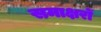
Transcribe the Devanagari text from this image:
समाक्षरों